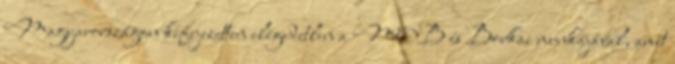
Magyarországon kifejezetten elégedetlen a MOB és Borkai munkájával, amit